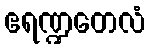
ဧရဏ္ဍတေလံ